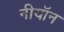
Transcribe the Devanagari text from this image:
नीयॉन